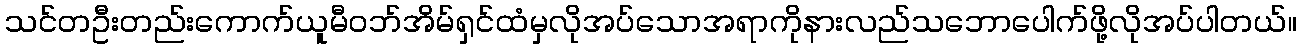
သင်တဦးတည်းကောက်ယူမီဝဘ်အိမ်ရှင်ထံမှလိုအပ်သောအရာကိုနားလည်သဘောပေါက်ဖို့လိုအပ်ပါတယ်။